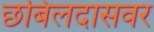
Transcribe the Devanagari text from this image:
छबिलदासवर